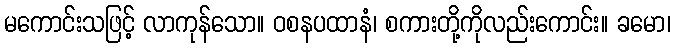
မကောင်းသဖြင့် လာကုန်သော။ ဝစနပထာနံ၊ စကားတို့ကိုလည်းကောင်း။ ခမော၊